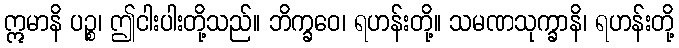
ဣမာနိ ပဉ္စ၊ ဤငါးပါးတို့သည်။ ဘိက္ခဝေ၊ ရဟန်းတို့။ သမဏသုက္ခာနိ၊ ရဟန်းတို့